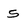
Character: 5